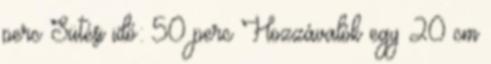
perc Sütési idő: 50 perc Hozzávalók egy 20 cm